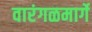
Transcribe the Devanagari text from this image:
वारंगळमार्गे